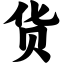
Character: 货